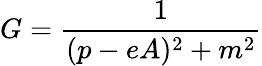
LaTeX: G=\frac{1}{(p-eA)^{2}+m^{2}}